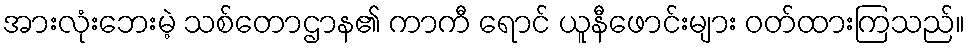
အားလုံးဘေးမဲ့ သစ်တောဌာန၏ ကာကီ ရောင် ယူနီဖောင်းများ ဝတ်ထားကြသည်။